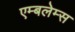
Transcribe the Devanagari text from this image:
एम्बलेम्स